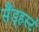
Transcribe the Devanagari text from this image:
सैंड्हर्स्ट